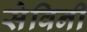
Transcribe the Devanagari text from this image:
सेविनी